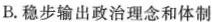
B.稳步输出政治理念和体制